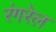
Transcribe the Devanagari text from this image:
रंगरेल